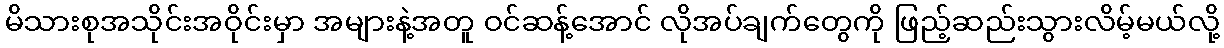
မိသားစုအသိုင်းအဝိုင်းမှာ အများနဲ့အတူ ဝင်ဆန့်အောင် လိုအပ်ချက်တွေကို ဖြည့်ဆည်းသွားလိမ့်မယ်လို့